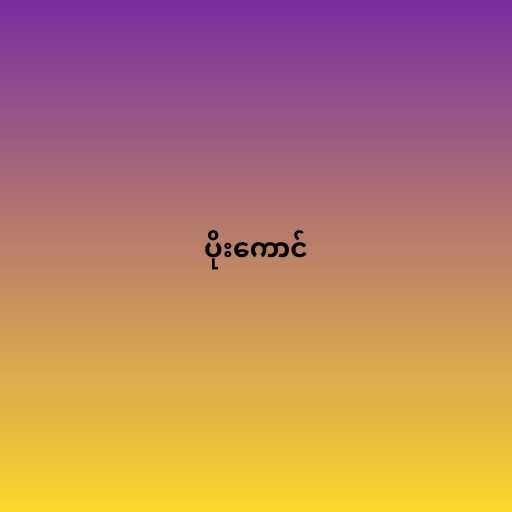
ပိုးကောင်